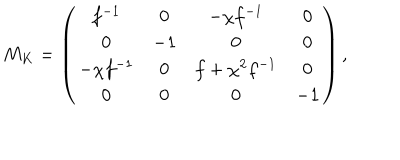
LaTeX: M _ { K } = \left( \begin{array} { c c c c } { { f ^ { - 1 } } } & { { 0 } } & { { - \chi f ^ { - 1 } } } & { { 0 } } \\ { { 0 } } & { { - 1 } } & { { 0 } } & { { 0 } } \\ { { - \chi f ^ { - 1 } } } & { { 0 } } & { { f + \chi ^ { 2 } f ^ { - 1 } } } & { { 0 } } \\ { { 0 } } & { { 0 } } & { { 0 } } & { { - 1 } } \\ \end{array} \right) ,